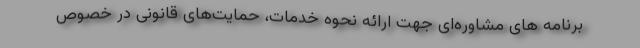
برنامه های مشاوره‌ای جهت ارائه نحوه خدمات، حمایت‌های قانونی در خصوص